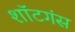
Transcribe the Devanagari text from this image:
शॉटगंस